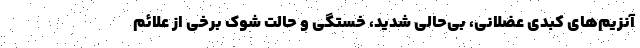
آنزیم‌های کبدی عضلانی، بی‌حالی شدید، خستگی و حالت شوک برخی از علائم